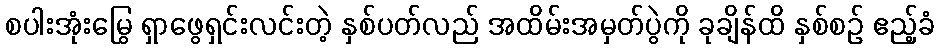
စပါးအုံးမြွေ ရှာဖွေရှင်းလင်းတဲ့ နှစ်ပတ်လည် အထိမ်းအမှတ်ပွဲကို ခုချိန်ထိ နှစ်စဉ် ဧည့်ခံ